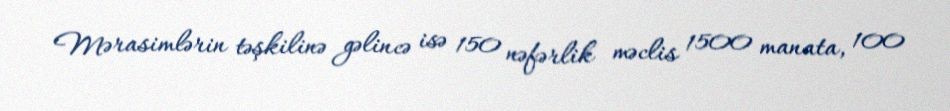
Mərasimlərin təşkilinə gəlincə isə 150 nəfərlik məclis 1500 manata, 100